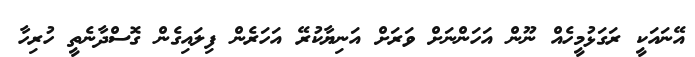
އޭނައަކީ ރަގަޅުމީހެއް ނޫން އަހަންނަށް ވަރަށް އަނިޔާކުރޭ އަހަރެން ފިލައިގެން ގޮސްދާނެތީ ހުރިހާ